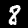
Label: 8